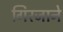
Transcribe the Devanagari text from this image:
गिरजाने